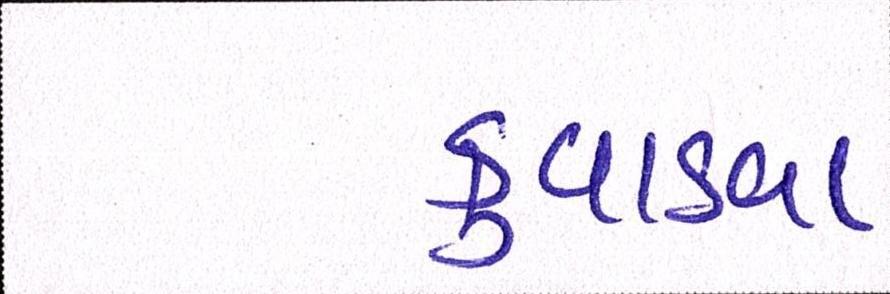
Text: કુવાડવા